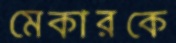
মেকারকে